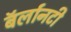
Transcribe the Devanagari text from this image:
बॅर्लानटी